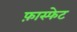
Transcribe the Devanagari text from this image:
फ़ास्फेट